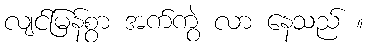
လျင်မြန်စွာ အက်ကွဲ လာ နေသည် ။